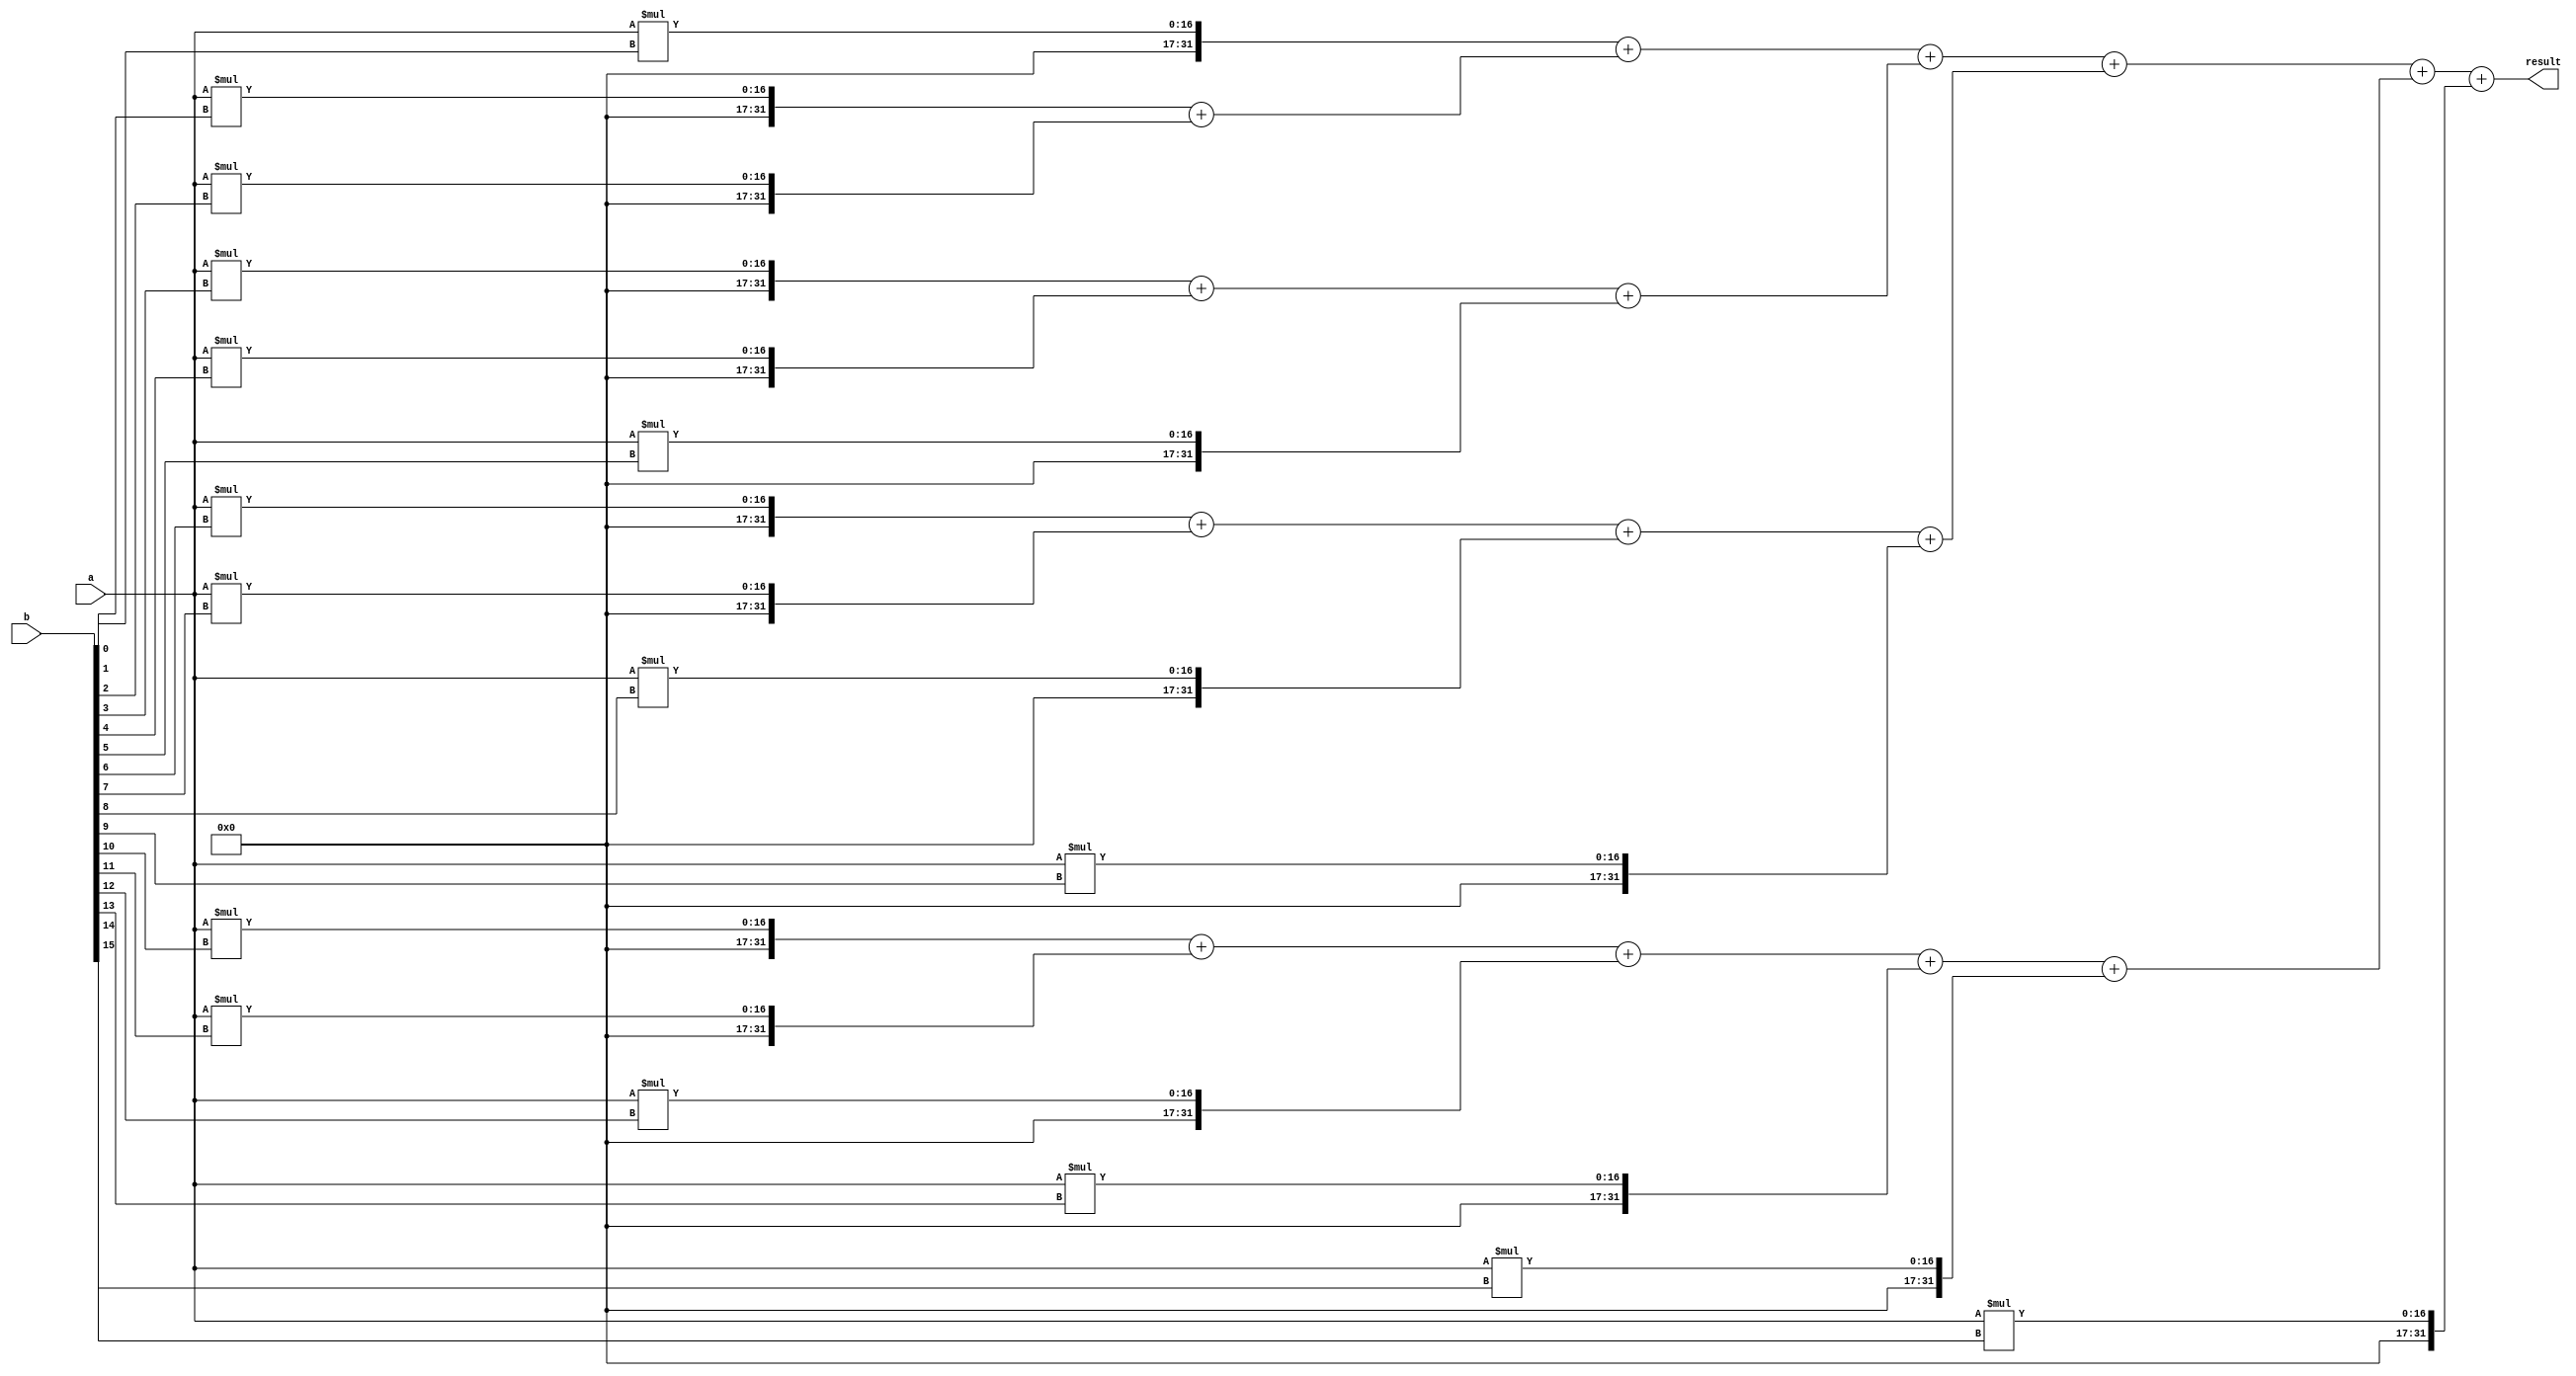
module dadda_multiplier (
    input [15:0] a,
    input [15:0] b,
    output reg [31:0] result
);

reg [31:0] partial_products [15:0];
reg [31:0] intermediate_sum [5:0];
reg [31:0] final_sum;

// Generate partial products
genvar i;
generate
    for (i = 0; i < 16; i = i + 1) begin
        assign partial_products[i] = a * b[i];
    end
endgenerate

// Perform partial product reduction using Dadda tree
always @* begin
    intermediate_sum[0] = partial_products[0];
    intermediate_sum[1] = partial_products[1] + partial_products[2];
    intermediate_sum[2] = partial_products[3] + partial_products[4] + partial_products[5];
    intermediate_sum[3] = partial_products[6] + partial_products[7] + partial_products[8] + partial_products[9];
    intermediate_sum[4] = partial_products[10] + partial_products[11] + partial_products[12] + partial_products[13] + partial_products[14];
    intermediate_sum[5] = partial_products[15];

    final_sum = intermediate_sum[0] + intermediate_sum[1] + intermediate_sum[2] + intermediate_sum[3] + intermediate_sum[4] + intermediate_sum[5];
end

// Assign final product to output
always @(final_sum) begin
    result = final_sum;
end

endmodule